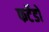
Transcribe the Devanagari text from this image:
फर्टेडो